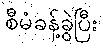
စီမံခန့်ခွဲပြီး